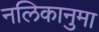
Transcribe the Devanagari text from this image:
नलिकानुमा